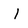
Character: I